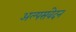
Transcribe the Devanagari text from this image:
अल्पसंवेदन